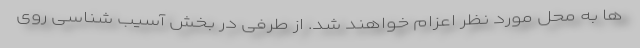
ها به محل مورد نظر اعزام خواهند شد. از طرفی در بخش آسیب شناسی روی